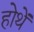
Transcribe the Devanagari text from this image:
होथें